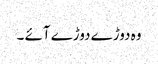
وہ دوڑے دوڑے آئے ۔